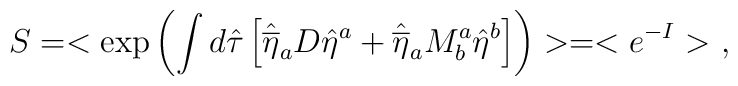
S=<\exp \left(\int d\hat{\tau} \left[\hat{\overline{\eta}}_a D \hat{\eta}^a+\hat{\overline{\eta}}_aM^a_b\hat{\eta}^b\right]\right)>=<e^{-I}> \ ,